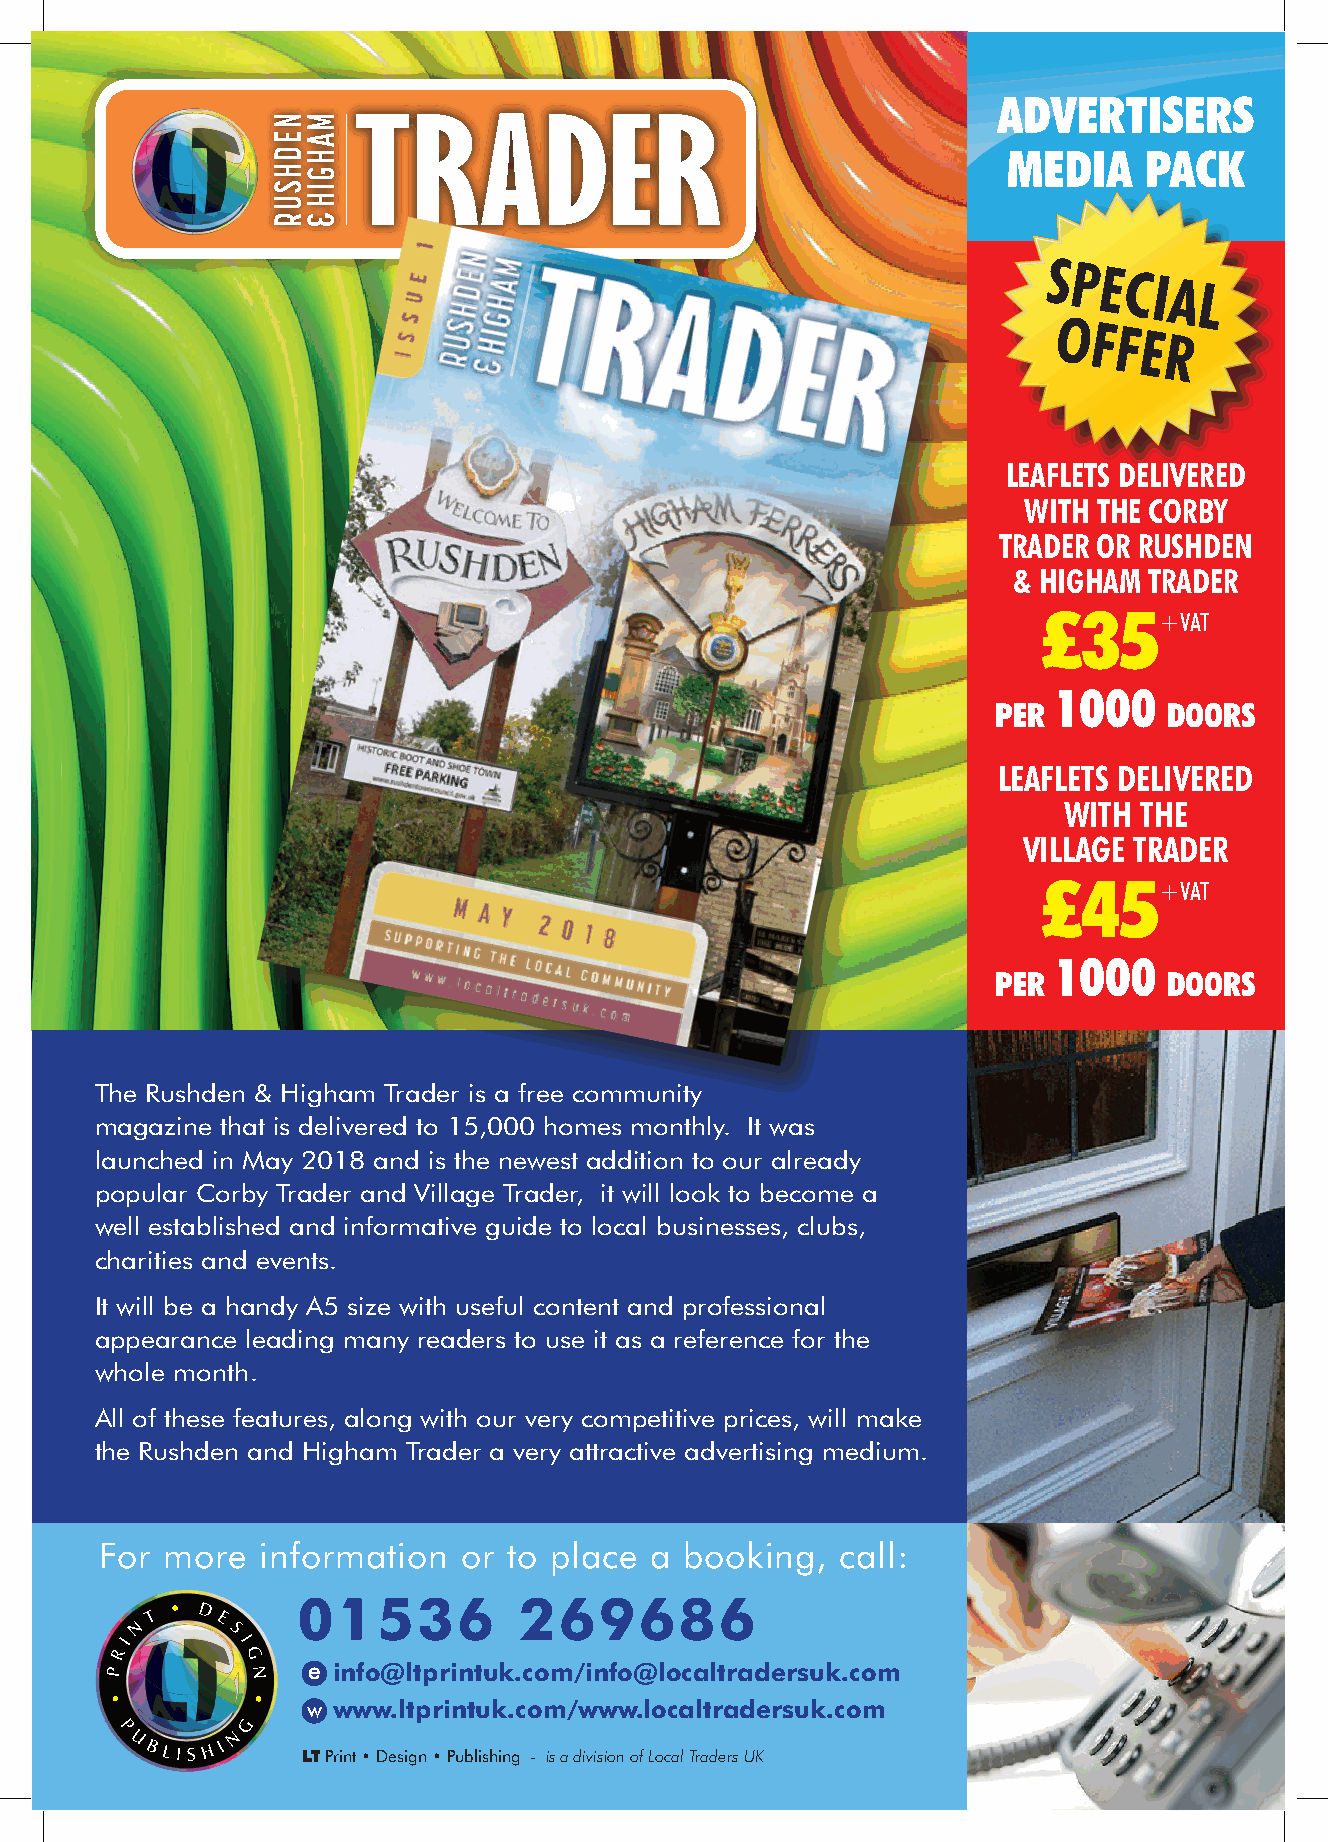
ADVERTISERS
 TRADER
 MEDIA    PACK
 SPECIAL
 OFFER
 LEAFLETS DELIVERED
 WITH THE CORBY
 TRADER OR RUSHDEN
 & HIGHAM TRADER
 £35+VAT
 1000
 PER        DOORS
 LEAFLETS DELIVERED
 WITH THE
 VILLAGE TRADER
 £45+VAT
 1000
 PER        DOORS
 The Rushden & Higham Trader is a free community
 magazine that is delivered to 15,000 homes monthly. It was
 launched in May 2018 and is the newest addition to our already
 popular Corby Trader and Village Trader, it will look to become a
 well established and informative guide to local businesses, clubs,
 charities and events.
 It will be a handy A5 size with useful content and professional
 appearance leading many readers to use it as a reference for the
 whole month.
 All of these features, along with our very competitive prices, will make
 the Rushden and Higham Trader a very attractive advertising medium.
 For more  information   or to place a booking,   call:
 01536         269686
 e info@ltprintuk.com/info@localtradersuk.com
 w www.ltprintuk.com/www.localtradersuk.com
 LT Print • Design • Publishing - is a division of Local Traders UK
 NEDHSUR MAHGIH
 &